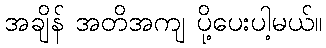
အချိန် အတိအကျ ပို့ပေးပါ့မယ်။